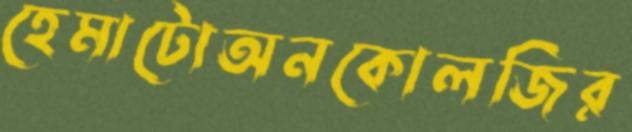
হেমাটোঅনকোলজির